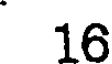
16